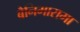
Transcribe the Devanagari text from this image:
बैनिमारामा